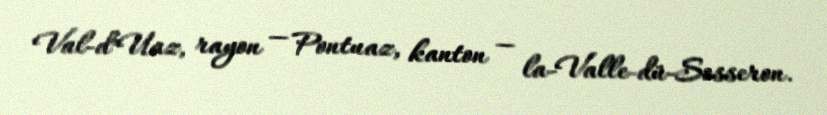
Val-d’Uaz, rayon — Pontuaz, kanton — la-Valle-dü-Sosseron.